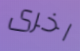
اخرى